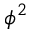
\phi ^ { 2 }